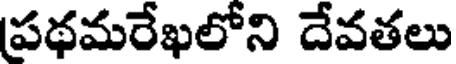
పథమరేఖలోని దేవతలు